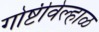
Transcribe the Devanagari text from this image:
गोष्टीवेल्हाळ